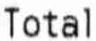
TOTAL